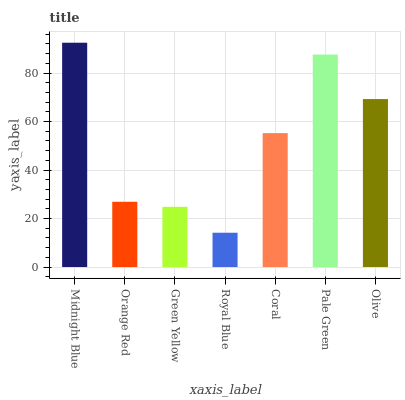
| xaxis_label | bars |
 | --- | --- |
 | Midnight Blue | 92.5 |
 | Orange Red | 26.9 |
 | Green Yellow | 24.8 |
 | Royal Blue | 14.1 |
 | Coral | 55.2 |
 | Pale Green | 87.6 |
 | Olive | 69.3 |